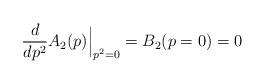
LaTeX: \begin{align*}\frac{d}{dp^2} A_2 (p)\Big|_{p^2=0} = B_2 (p=0) = 0 \end{align*}